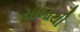
ચોખાથી